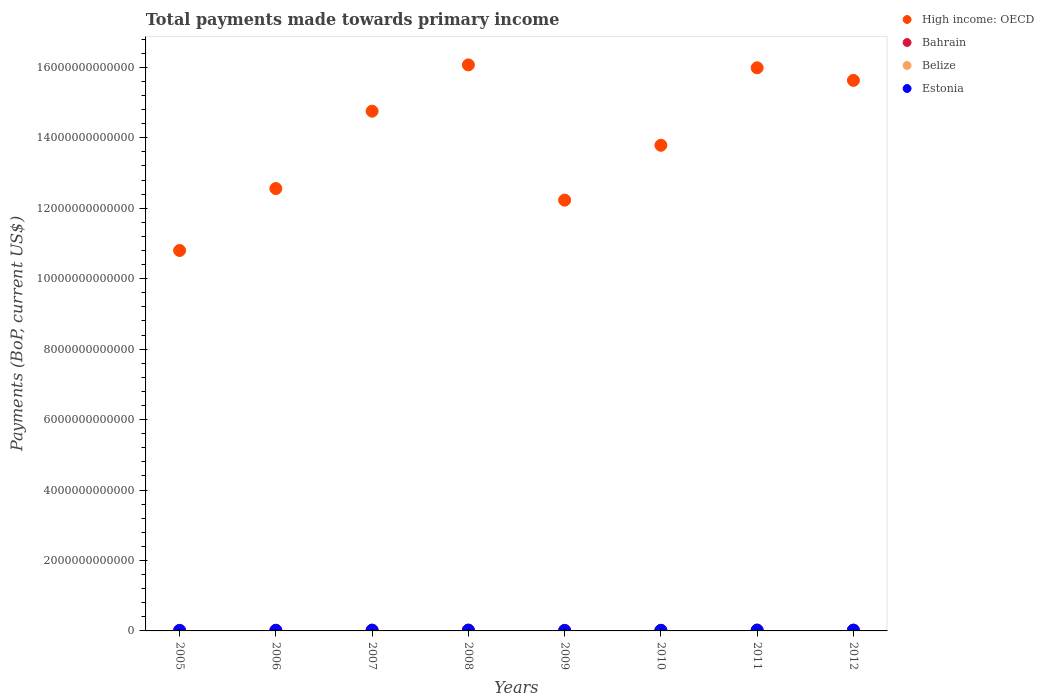
| Years | High income: OECD | Bahrain | Belize | Estonia |
 | --- | --- | --- | --- | --- |
 | 2005 | 1.08e+13 | 1.57e+10 | 8.24e+08 | 1.25e+10 |
 | 2006 | 1.26e+13 | 1.96e+10 | 8.85e+08 | 1.56e+10 |
 | 2007 | 1.48e+13 | 2.33e+10 | 9.69e+08 | 1.97e+10 |
 | 2008 | 1.61e+13 | 2.43e+10 | 1.13e+09 | 2.05e+10 |
 | 2009 | 1.22e+13 | 1.54e+10 | 8.95e+08 | 1.29e+10 |
 | 2010 | 1.38e+13 | 1.69e+10 | 9.72e+08 | 1.57e+10 |
 | 2011 | 1.6e+13 | 2.45e+10 | 1.05e+09 | 2.14e+10 |
 | 2012 | 1.56e+13 | 2.16e+10 | 1.15e+09 | 2.21e+10 |